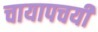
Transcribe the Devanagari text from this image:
चायापचयी